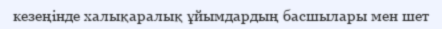
кезеңінде халықаралық ұйымдардың басшылары мен шет